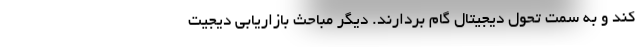
کند و به سمت تحول دیجیتال گام بردارند. دیگر مباحث بازاریابی دیجیت